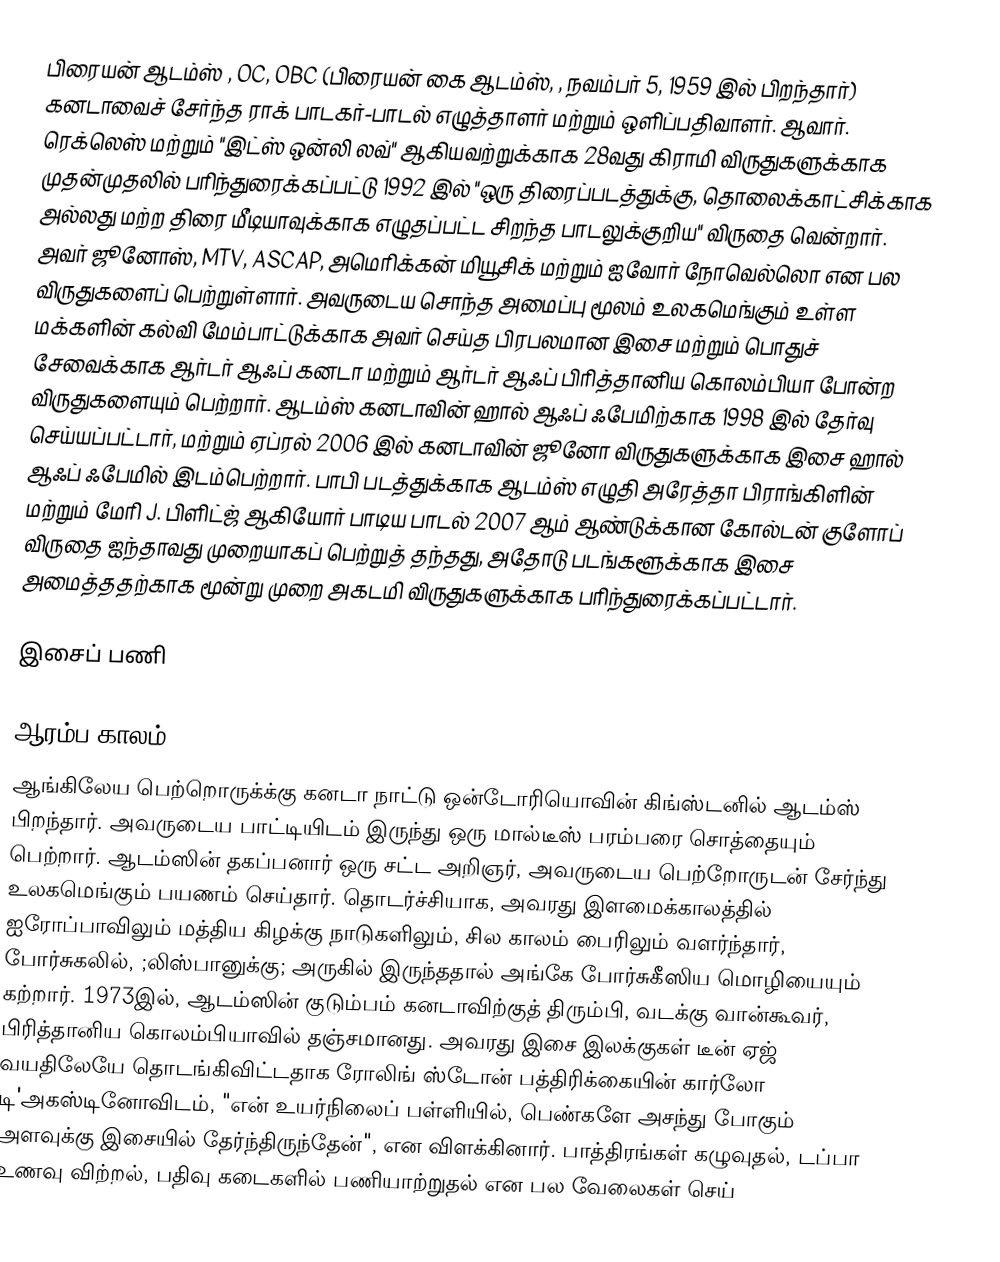
பிரையன் ஆடம்ஸ் , OC, OBC (பிரையன் கை ஆடம்ஸ், , நவம்பர் 5, 1959 இல் பிறந்தார்) கனடாவைச் சேர்ந்த ராக் பாடகர்-பாடல் எழுத்தாளர் மற்றும் ஒளிப்பதிவாளர். ஆவார். ரெக்லெஸ் மற்றும் "இட்ஸ் ஒன்லி லவ்" ஆகியவற்றுக்காக 28வது கிராமி விருதுகளுக்காக முதன்முதலில் பரிந்துரைக்கப்பட்டு 1992 இல் "ஒரு திரைப்படத்துக்கு, தொலைக்காட்சிக்காக அல்லது மற்ற திரை மீடியாவுக்காக எழுதப்பட்ட சிறந்த பாடலுக்குறிய" விருதை வென்றார். அவர் ஜூனோஸ், MTV, ASCAP, அமெரிக்கன் மியூசிக் மற்றும் ஐவோர் நோவெல்லொ என பல விருதுகளைப் பெற்றுள்ளார். அவருடைய சொந்த அமைப்பு மூலம் உலகமெங்கும் உள்ள மக்களின் கல்வி மேம்பாட்டுக்காக அவர் செய்த பிரபலமான இசை மற்றும் பொதுச் சேவைக்காக ஆர்டர் ஆஃப் கனடா மற்றும் ஆர்டர் ஆஃப் பிரித்தானிய கொலம்பியா போன்ற விருதுகளையும் பெற்றார். ஆடம்ஸ் கனடாவின் ஹால் ஆஃப் ஃபேமிற்காக 1998 இல் தேர்வு செய்யப்பட்டார், மற்றும் ஏப்ரல் 2006 இல் கனடாவின் ஜூனோ விருதுகளுக்காக இசை ஹால் ஆஃப் ஃபேமில் இடம்பெற்றார். பாபி படத்துக்காக ஆடம்ஸ் எழுதி அரேத்தா பிராங்கிளின் மற்றும் மேரி J. பிளிட்ஜ் ஆகியோர் பாடிய பாடல் 2007 ஆம் ஆண்டுக்கான கோல்டன் குளோப் விருதை ஐந்தாவது முறையாகப் பெற்றுத் தந்தது, அதோடு படங்களூக்காக இசை அமைத்ததற்காக மூன்று முறை அகடமி விருதுகளுக்காக பரிந்துரைக்கப்பட்டார்.

இசைப் பணி

ஆரம்ப காலம்
ஆங்கிலேய பெற்றொருக்க்கு கனடா நாட்டு ஒன்டோரியொவின் கிங்ஸ்டனில் ஆடம்ஸ் பிறந்தார். அவருடைய பாட்டியிடம் இருந்து ஒரு மால்டீஸ் பரம்பரை சொத்தையும் பெற்றார். ஆடம்ஸின் தகப்பனார் ஒரு சட்ட அறிஞர், அவருடைய பெற்றோருடன் சேர்ந்து உலகமெங்கும் பயணம் செய்தார். தொடர்ச்சியாக, அவரது இளமைக்காலத்தில் ஐரோப்பாவிலும் மத்திய கிழக்கு நாடுகளிலும், சில காலம் பைரிலும் வளர்ந்தார், போர்சுகலில், ;லிஸ்பானுக்கு; அருகில் இருந்ததால் அங்கே போர்சுகீஸிய மொழியையும் கற்றார். 1973இல், ஆடம்ஸின் குடும்பம் கனடாவிற்குத் திரும்பி, வடக்கு வான்கூவர், பிரித்தானிய கொலம்பியாவில் தஞ்சமானது. அவரது இசை இலக்குகள் டீன் ஏஜ் வயதிலேயே தொடங்கிவிட்டதாக ரோலிங் ஸ்டோன் பத்திரிக்கையின் கார்லோ டி'அகஸ்டினோவிடம், "என் உயர்நிலைப் பள்ளியில், பெண்களே அசந்து போகும் அளவுக்கு இசையில் தேர்ந்திருந்தேன்", என விளக்கினார். பாத்திரங்கள் கழுவுதல், டப்பா உணவு விற்றல், பதிவு கடைகளில் பணியாற்றுதல் என பல வேலைகள் செய்